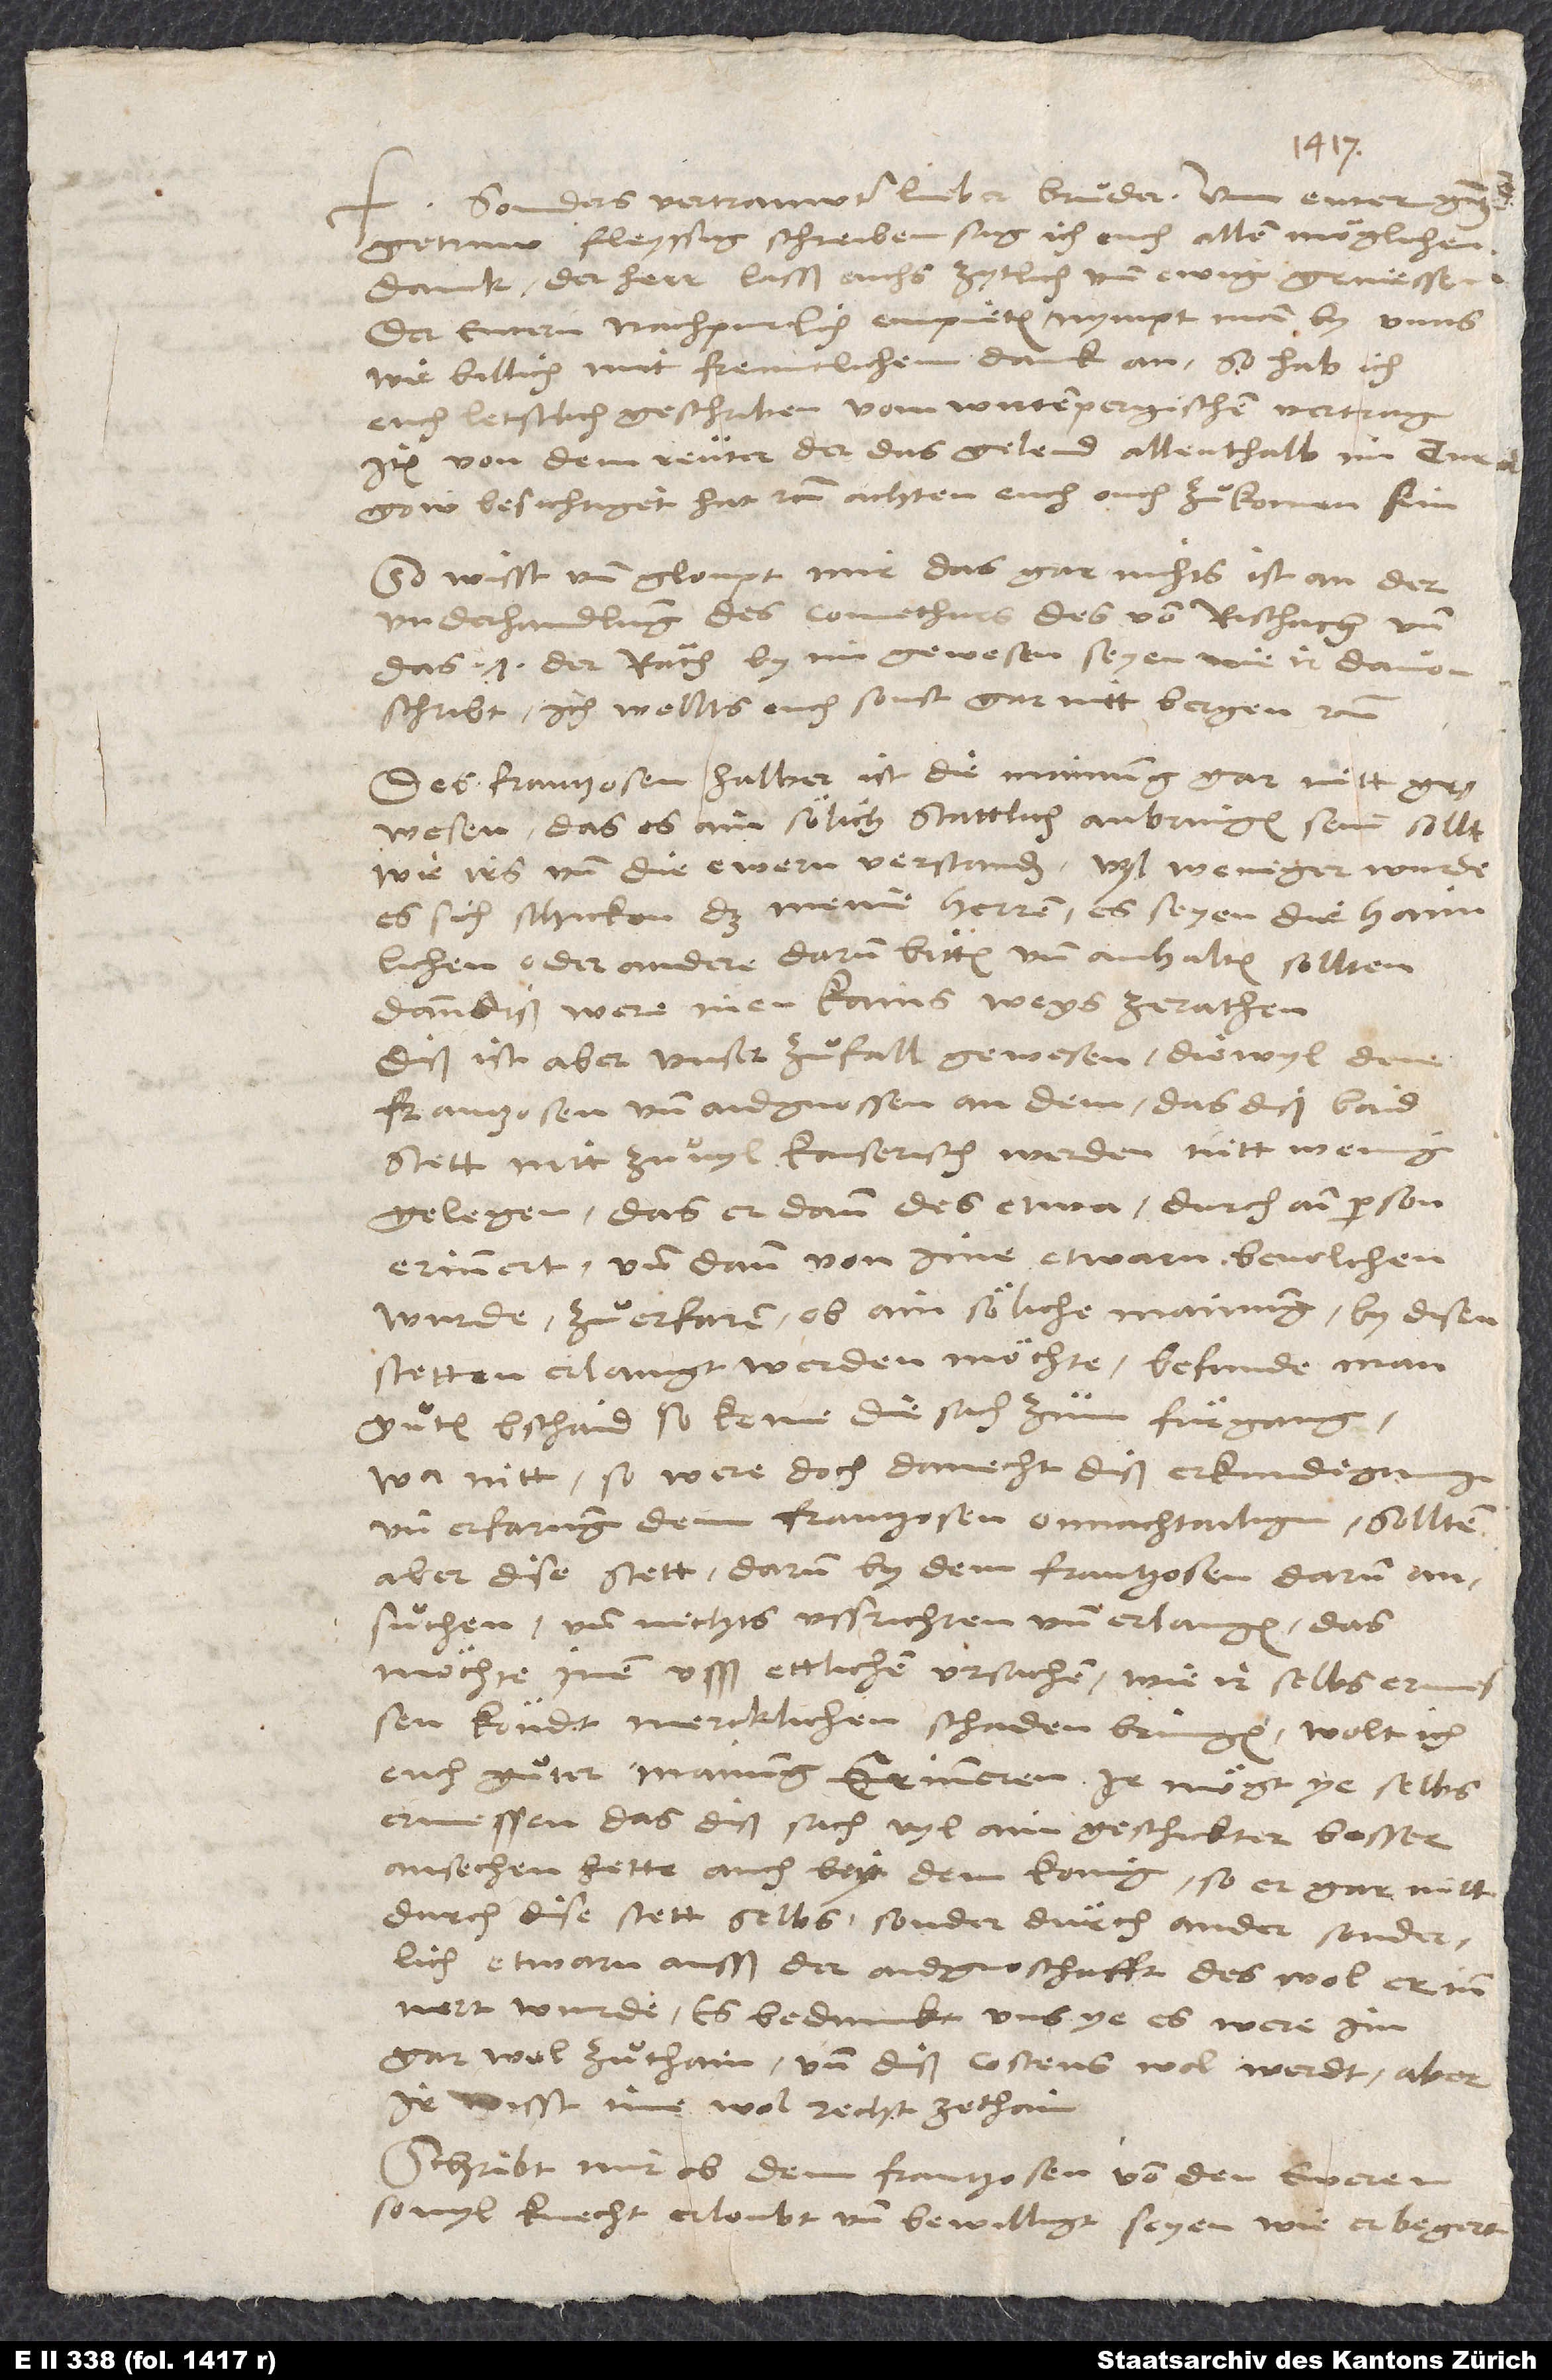
1547.
sonders vertrauwter, lieber bruͦder. Um ewer
getruw, fleyssig schreiben sag ich euch allen moͤglichen
dank. Der herr lasß euchs zytlich und ewig geniessen.
Der ewern nachpurlich empieten nympt man by unns,
euch letstlich geschriben vom wirtempergischen vertrag;
item von dem reuter, der das gelend allenthalb im Turgow
besichtiget hat, etc. Achten, euch ouch zuͦkomen sin.
So wisst und gloupt mir, das gar nichts an der
underhandlung des comethurs, des von Rischach, und
das 7 der raͤth by im gewesen seyen, wie ir davon
schribt; ich wollts euch sonst gar nitt bergen, etc.
Des Frantzosen halber ist die mainung gar nitt
gewesen, das es ain soͤlich stattlich anbringen sein sollt,
wie irs und die ewern verstanden. Vyl weniger wurde
es sich schicken, das meine herren, es seyen die haimlichen
oder andere, darum bitten und anhalten sollten,
dann diß were inen kains wegs ze rathen.
Diß ist aber unser zuͦfall gewesen: Diewyl dem
Frantzosen und Aidgnossen an dem, das diß baid
stett nitt zuͦ vyl kaiserisch werden, nitt wenig
gelegen, das er dann des etwa durch ain person
erinnert, und dann von ime etwarn bevolchen
wurde zuͦ erfaren, ob ain soͤliche mainung by disen
stetten erlangt werden moͤchte; befunde man
guͦten bschaid, so keme die sach zum fuͤrgang.
Wa nitt, so were doch danecht diß erkundigung
und erfarung dem Frantzosen onnachtailig. Sollten
aber dise stett darum by dem Frantzosen
ansuͦchen und nichts ussrichten und erlangen, das
moͤchte inen usß ettlichen ursachen, wie ir selbs
koͤndt, mercklichen schaden bringen. Wolt ich
euch guͦter mainung erinneren. Ir moͤgt ye selbs
ermessen, das diß sach vyl ain geschickter besser
ansechen hette (auch bey dem konig), so er gar nitt
durch dise stett selbs, sonder durch ander, sonderlich
etwarn ausß der Aidgnoschafft des wol erinnert
wurde. Es bedunckt uns ye, es were im
gar wol zuͦ thain und diß costens wol werdt. Aber
ir wisst ime wol recht ze thain.
Schribt mir, ob dem Frantzosen von den eweren
so vyl knecht erloubt und bewilligt seyen, wie er begert.